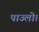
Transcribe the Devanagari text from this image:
पाउलो।